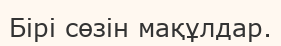
Бірі сөзін мақұлдар.